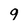
Character: 9